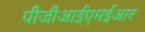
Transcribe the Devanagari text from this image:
पीजीआईएमईआर